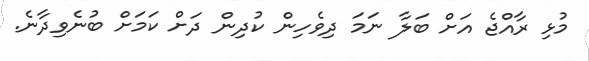
މުޅި ރާއްޖެ އަށް ބަލާ ނަމަ ދިވެހިން ކުދިން ދަށް ކަމަށް ބުނެވިދާނެ.